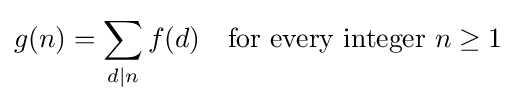
g(n)=\sum _{d\mid n}f(d)\quad {\text{for every integer }}n\geq 1